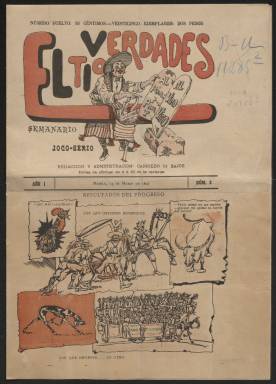
Título: El Tío Verdades (Manila)
Colección: Periódicos || Revistas satíricas y humorísticas
Ámbito geográfico: Filipinas
Lugar de publicación: Manila
Fechas: 14/03/1899-14/03/1899